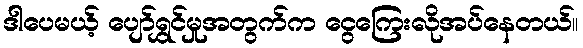
ဒါပေမယ့် ပျော်ရွှင်မှုအတွက်က ငွေကြေးလိုအပ်နေတယ်။